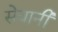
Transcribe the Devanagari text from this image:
सेवानी